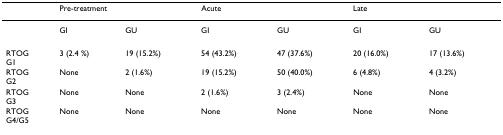
|  | <COLSPAN=2> Pre-treatment | <COLSPAN=2> Acute | <COLSPAN=2> Late |
 | --- | --- | --- | --- | --- | --- | --- |
 |  | GI | GU | GI | GU | GI | GU |
 | RTOGG1 | 3 (2.4 %) | 19 (15.2%) | 54 (43.2%) | 47 (37.6%) | 20 (16.0%) | 17 (13.6%) |
 | RTOGG2 | None | 2 (1.6%) | 19 (15.2%) | 50 (40.0%) | 6 (4.8%) | 4 (3.2%) |
 | RTOGG3 | None | None | 2 (1.6%) | 3 (2.4%) | None | None |
 | RTOGG4/G5 | None | None | None | None | None | None |